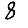
Digit: 8